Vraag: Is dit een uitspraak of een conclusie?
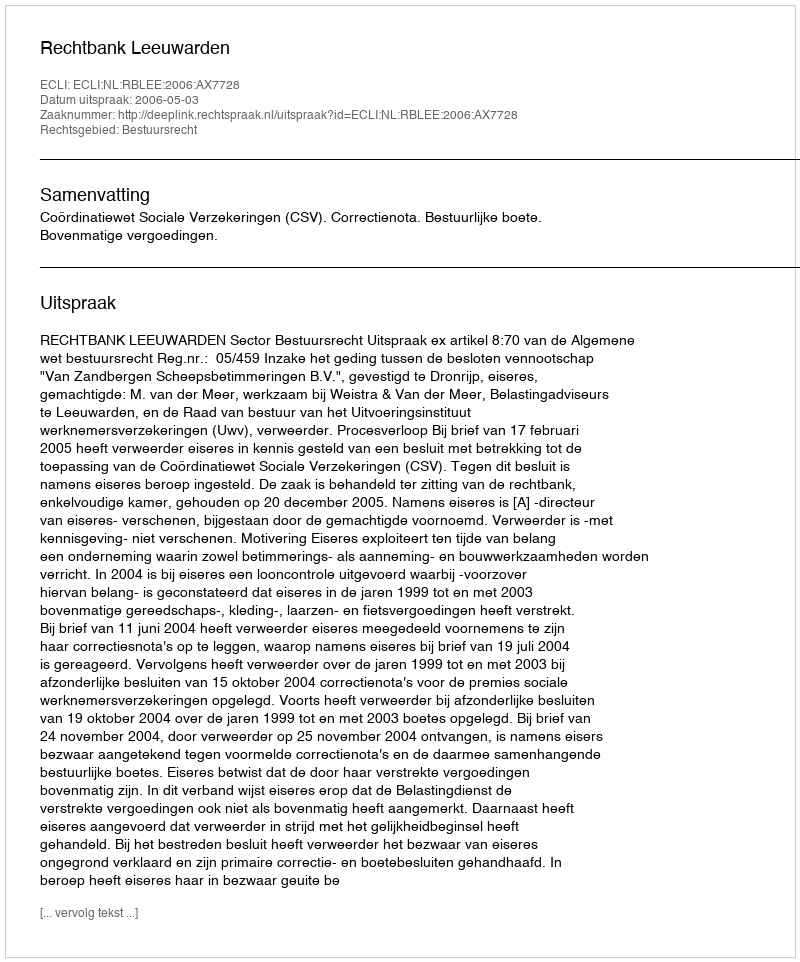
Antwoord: Uitspraak